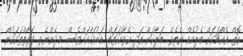
އޮތް އެއްޗަކަށް ބެލުމެއް ނެތެވެ. ބަލާކަށް އަދި އެވާހަކަތައް އަޑުއަހާކަށްވެސް މިދެންނެވި ފަރާތްތަކަކުން